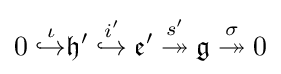
0\;{\overset {\iota }{\hookrightarrow }}{\mathfrak {h}}'\;{\overset {i'}{\hookrightarrow }}\;{\mathfrak {e}}'\;{\overset {s'}{\twoheadrightarrow }}\;{\mathfrak {g}}\;{\overset {\sigma }{\twoheadrightarrow }}\;0